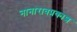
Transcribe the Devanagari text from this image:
नानारावप्रकाश